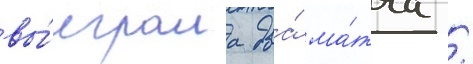
вы́играла два́ ма́тча /